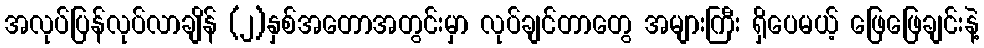
အလုပ်ပြန်လုပ်လာချိန် (၂)နှစ်အတောအတွင်းမှာ လုပ်ချင်တာတွေ အများကြီး ရှိပေမယ့် ဖြေဖြေချင်းနဲ့